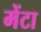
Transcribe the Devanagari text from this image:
मेंटा